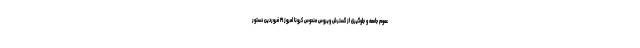
عموم جامعه و جلوگیری از گسترش ویروس منحوس کرونا امروز ۲۱ فروردین دستور